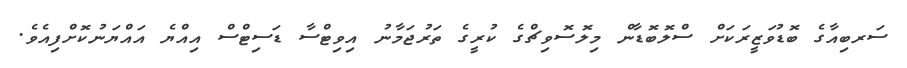
ސަރބިއާގެ ބޮޑުވަޒީރަކަށް ސްލޮބޮޑާން މިލޮސޮވިޗްގެ ކުރީގެ ތަރުޖަމާނު އިވިޓްސާ ޑަސިޓްސް އިއްޔެ އައްޔަނުކޮށްފިއެވެ.